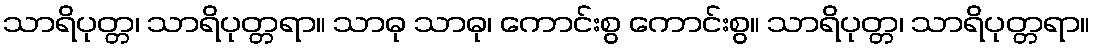
သာရိပုတ္တ၊ သာရိပုတ္တရာ။ သာဓု သာဓု၊ ကောင်းစွ ကောင်းစွ။ သာရိပုတ္တ၊ သာရိပုတ္တရာ။